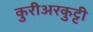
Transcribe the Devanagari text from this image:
कुरीअरकुट्टी